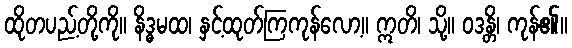
ထိုတပည့်တို့ကို။ နိဒ္ဓမထ၊ နှင့်ထုတ်ကြကုန်လော့။ ဣတိ၊ သို့။ ဝဒန္တိ၊ ကုန်၏။